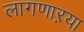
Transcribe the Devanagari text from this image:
लागणाऱया